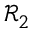
\mathcal { R } _ { 2 }